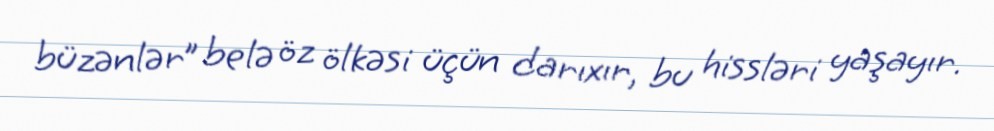
büzənlər” belə öz ölkəsi üçün darıxır, bu hissləri yaşayır.